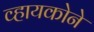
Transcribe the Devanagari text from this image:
व्हायकोने